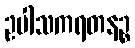
ဥပါသကရတနဉ္စ